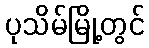
ပုသိမ်မြို့တွင်